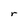
Character: r